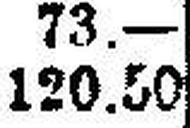
120.50